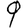
Digit: 9